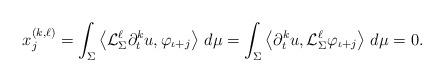
LaTeX: \begin{align*}x^{(k,\ell)}_j = \int_\Sigma \left\langle \mathcal{L}_{\Sigma}^{\ell}\partial^{k}_t u,\varphi_{\iota+j}\right\rangle\, d\mu=\int_\Sigma \left\langle \partial^{k}_t u, \mathcal{L}_{\Sigma}^{\ell}\varphi_{\iota+j}\right\rangle\, d\mu=0.\end{align*}